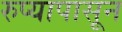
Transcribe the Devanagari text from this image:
रुप्यापासून